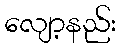
လျော့နည်း